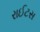
રાઈટસ